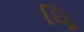
ધૂિ